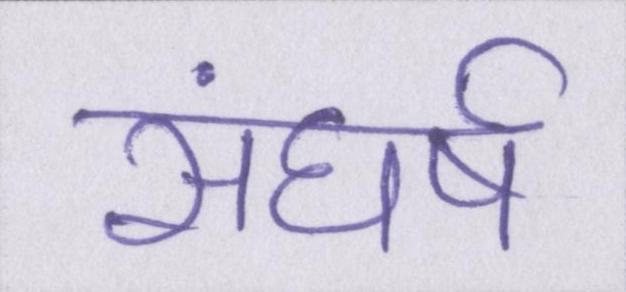
संघर्ष